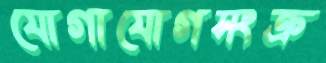
যোগাযোগসংক্র